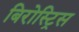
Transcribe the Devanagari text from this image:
बिरोस्ट्रिस